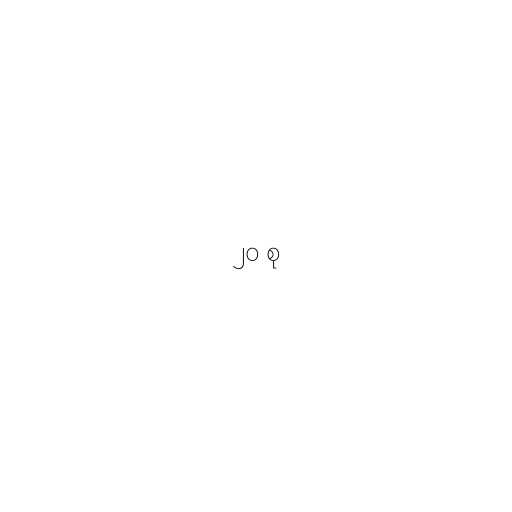
၂၀ စု